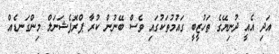
އަދި އެއީ ދުނިޔޭގެ ތަހުޒީބީ ގައުމުތަކުގައި ވެސް ބޭނުން ކުރާ ޕްރޮފެޝަނަލް މިންގަނޑެއް